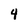
Character: 4